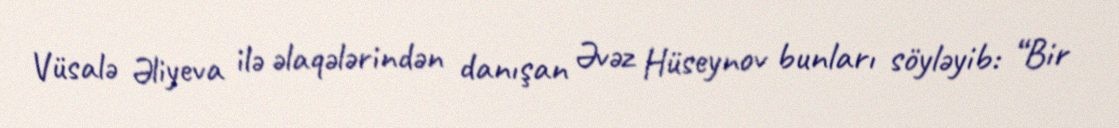
Vüsalə Əliyeva ilə əlaqələrindən danışan Əvəz Hüseynov bunları söyləyib: “Bir